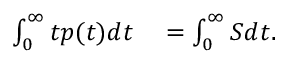
\begin{array} { r l } { \int _ { 0 } ^ { \infty } t p ( t ) d t } & { { } = \int _ { 0 } ^ { \infty } S d t . } \end{array}